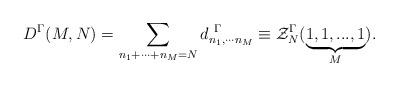
LaTeX: \begin{align*}D^{\Gamma}(M,N)= \sum_{n_{1}+\cdots +n_{M}=N} d^{\ \Gamma}_{n_{1},\cdots n_{M}}\equiv {\cal Z}^{\Gamma}_{N}(\underbrace {1,1,...,1}_{M}).\end{align*}